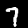
Digit: 7